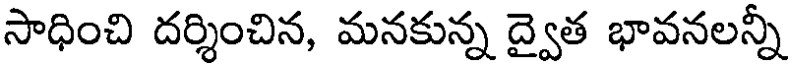
సాధించి దర్శించిన, మనకున్న ద్వైత భావనలన్నీ